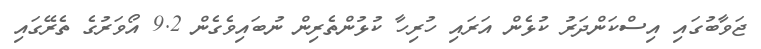
ޖަވާބުގައި އިސްކަންދަރު ކުޅެން އަރައި ހުރިހާ ކުޅުންތެރިން ނުބައިވެގެން 9.2 އޯވަރުގެ ތެރޭގައި